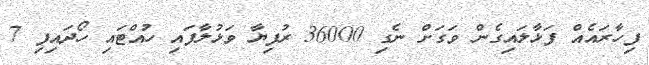
ފިހާރައެއް ފަޅާލައިގެން ވަގަށް ނެގި 36000 ރުފިޔާ ވަޅުލާފައި ހުއްޓައި ހޯދައިފި 7